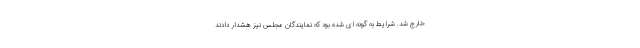
خارج شد. شرایط به گونه ای شده بود که نمایندگان مجلس نیز هشدار دادند